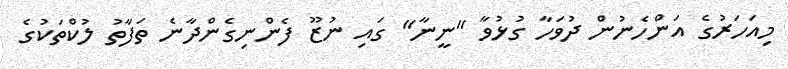
މިއަހަރުގެ އަންހެނުން ދުވަހާ ގުޅުވާ "ނީނާ" ގައި ނުޒޫ ފެންނިގެންދާނެ ތަފާތު ލުކްތަކުގެ